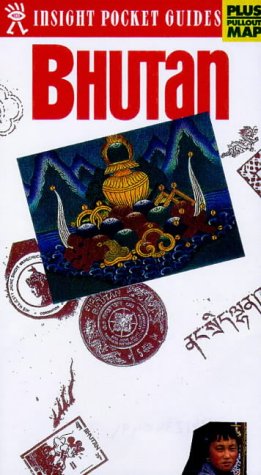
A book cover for Bhutan Insight Pocket Guide; Travel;